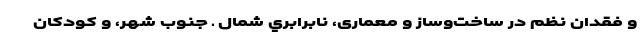
و فقدان نظم در ساخت‌وساز و معماری، نابرابري شمال ـ جنوب شهر، و كودكان